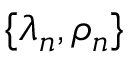
\{ \lambda _ { n } , \rho _ { n } \}